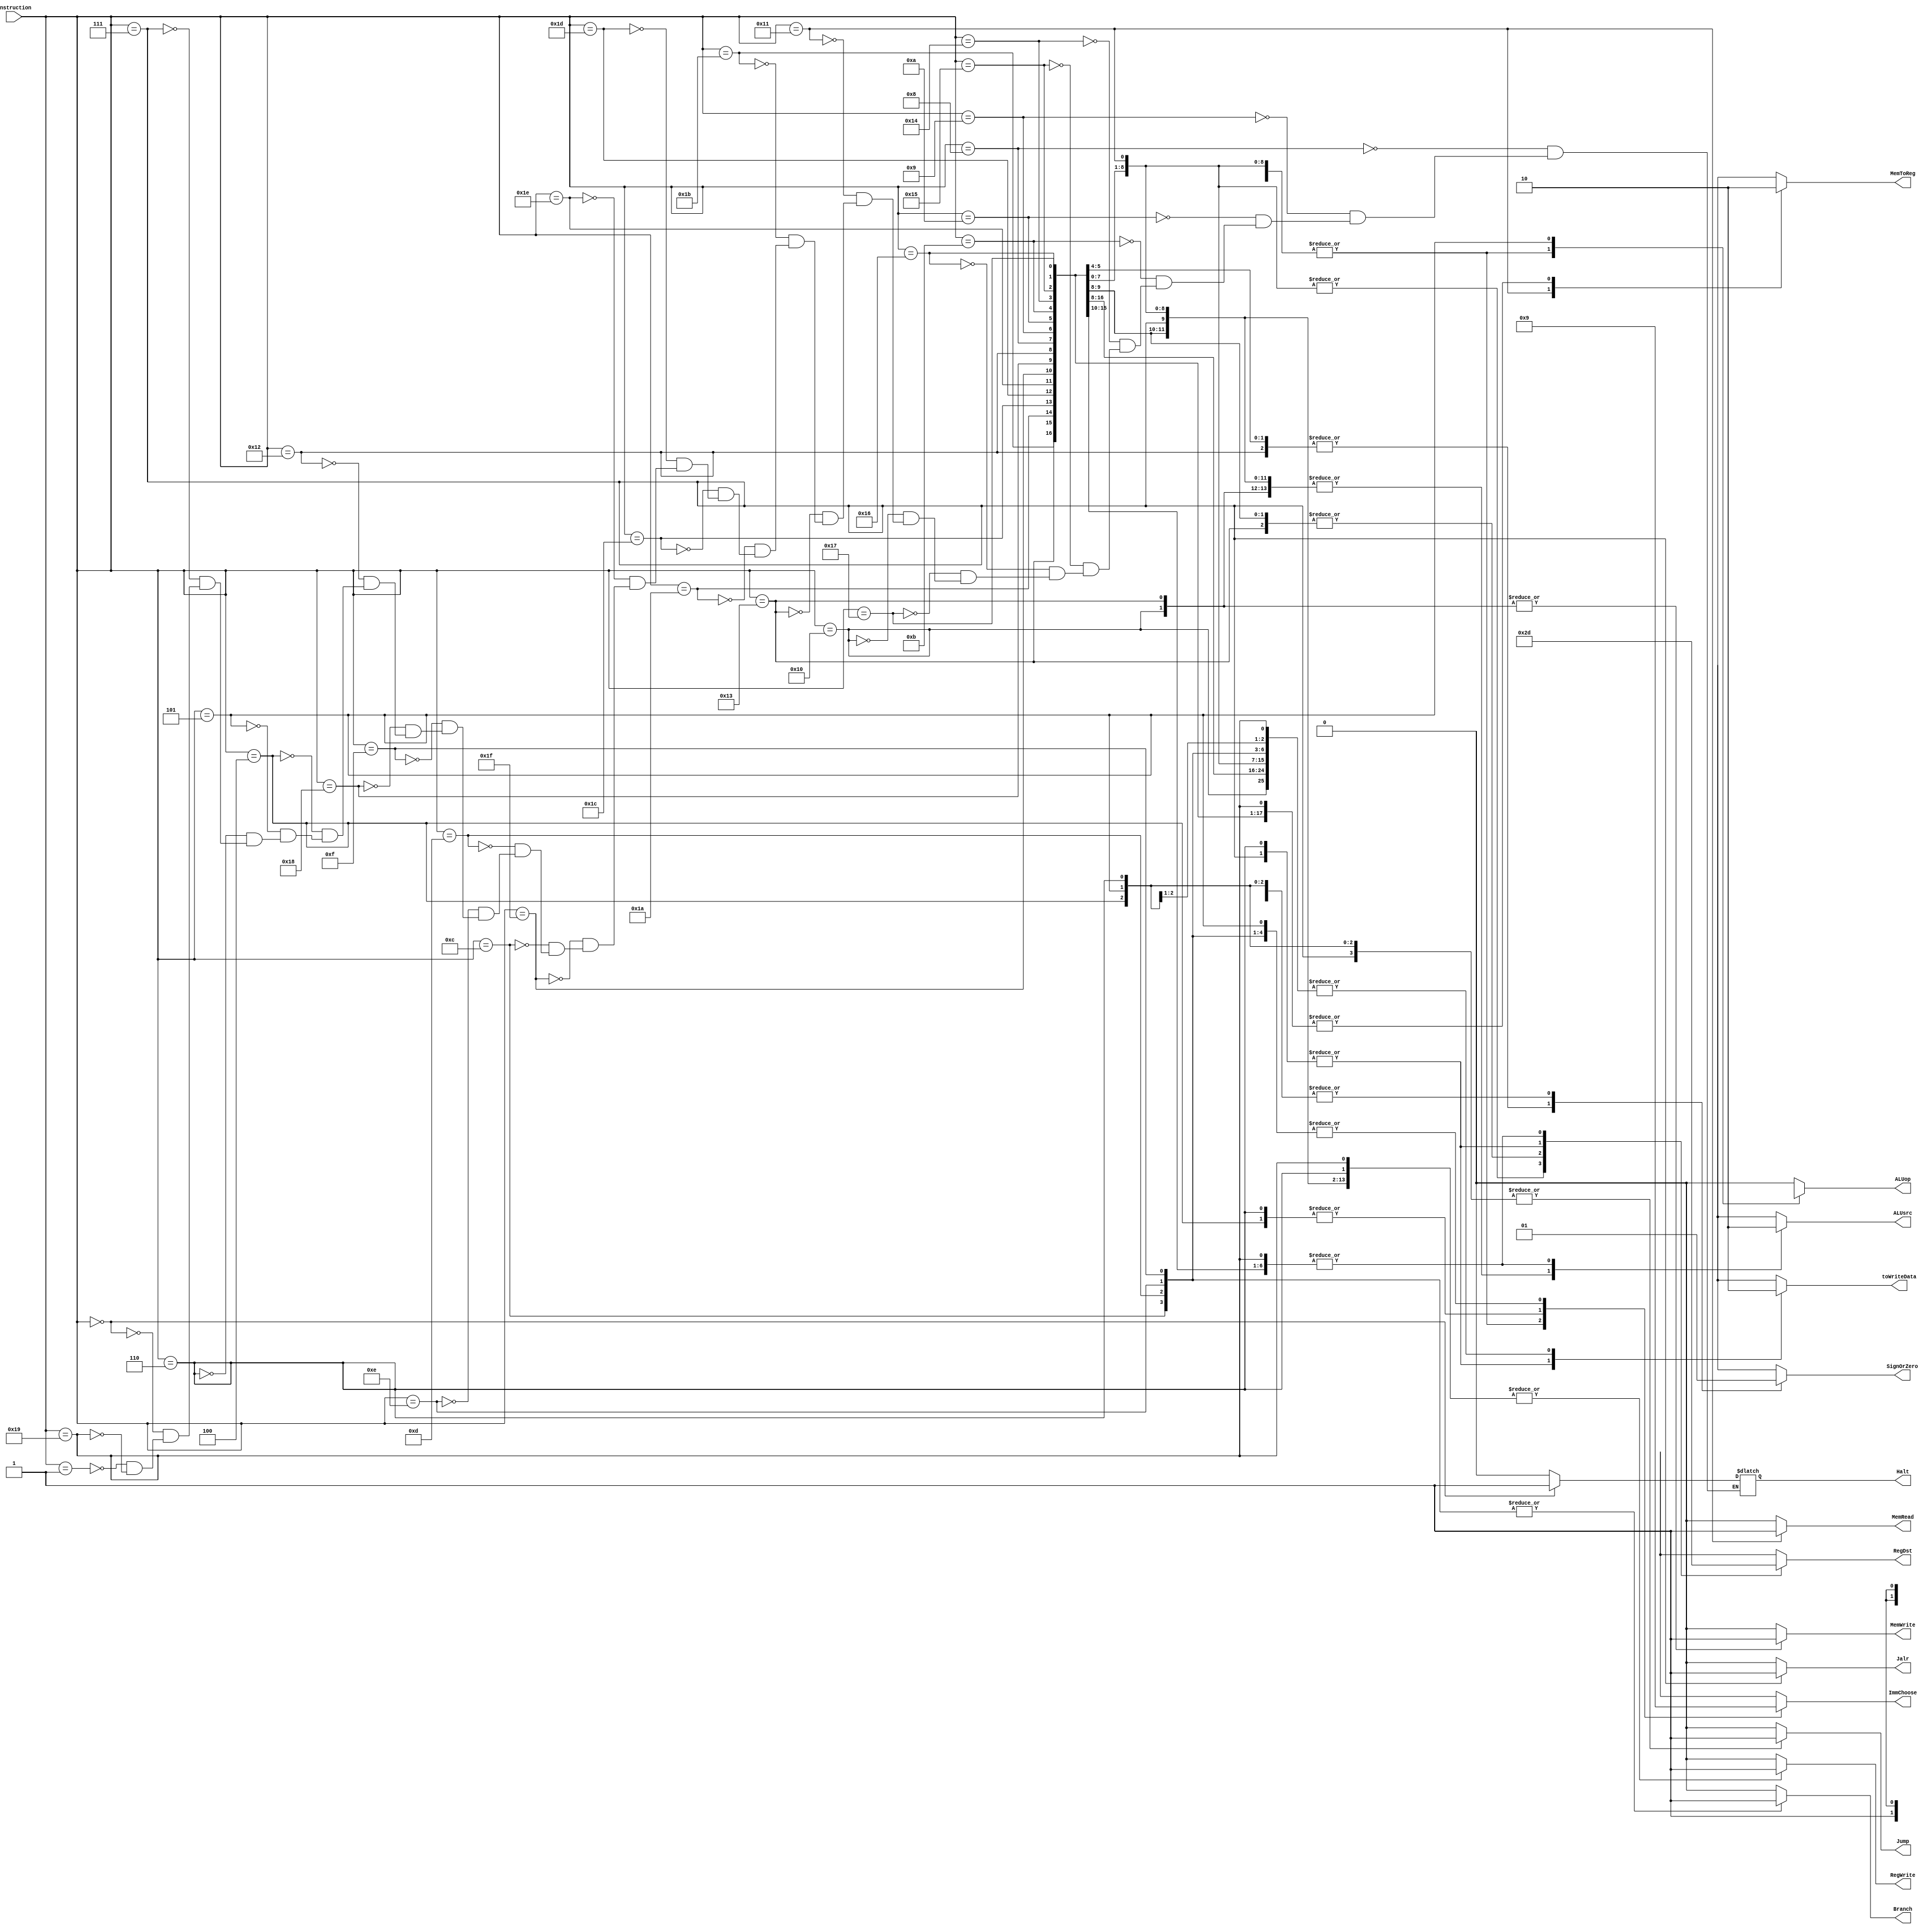
module alu_control(Instruction,RegDst,Jump,Branch,MemRead,MemToReg,ALUop,MemWrite,ALUsrc,RegWrite,SignOrZero,ImmChoose,toWriteData,Halt,Jalr);
output reg Jump,Branch,MemRead,ALUop,MemWrite,ALUsrc,RegWrite,SignOrZero,toWriteData,MemToReg,Halt,Jalr;
output reg [1:0] RegDst, ImmChoose;
input [4:0] Instruction;

always @(*)
begin
			RegDst = 2'bxx;
			Jump = 1'b0;
			Branch = 1'b0;
			MemRead = 1'b0; 
			MemToReg = 1'bx;
			ALUop = 1'b0;
			MemWrite = 1'b0;           
			ALUsrc = 1'bx;
			RegWrite = 1'b0;
			ImmChoose = 2'bxx;
			SignOrZero = 1'bx;
			toWriteData = 1'bx;
			Jalr = 1'b0;
	case(Instruction[4:0])
		5'b01000:begin //ADDI Rd, Rs, immediate 	Rd <- Rs + I(sign ext.) 
			Halt = 1'b0;
			RegDst = 2'b00;
			Jump = 1'b0;
			Branch = 1'b0;
			MemRead = 1'b0; 
			MemToReg = 1'b0;
			ALUop = 1'b1;
			MemWrite = 1'b0;           
			ALUsrc = 1'b1;
			RegWrite = 1'b1;
			ImmChoose = 2'b00;
			SignOrZero = 1'b1;
			toWriteData = 1'b0;
			Jalr = 1'b0;
		end
		5'b01001: begin //SUBI Rd, Rs, immediate 	Rd <- I(sign ext.) - Rs 
			Halt = 1'b0;
			RegDst = 2'b00;
			Jump = 1'b0;
			Branch = 1'b0;
			MemRead = 1'b0; 
			MemToReg = 1'b0;
			ALUop = 1'b1;
			MemWrite = 1'b0;           
			ALUsrc = 1'b1;
			RegWrite = 1'b1;
			ImmChoose = 2'b00;
			SignOrZero = 1'b1;
			toWriteData = 1'b0;
			Jalr = 1'b0;
		end
		5'b01010: begin //XORI Rd, Rs, immediate 	Rd <- Rs XOR I(zero ext.) 
			Halt = 1'b0;
			RegDst = 2'b00;
			Jump = 1'b0;
			Branch = 1'b0;
			MemRead = 1'b0; 
			MemToReg = 1'b0;
			ALUop = 1'b1;
			MemWrite = 1'b0;           
			ALUsrc = 1'b1;
			RegWrite = 1'b1;
			ImmChoose = 1'b0;
			SignOrZero = 2'b00;
			toWriteData = 1'b0;
			Jalr = 1'b0;
		end
		5'b01011: begin //ANDNI Rd, Rs, immediate 	Rd <- Rs AND ~I(zero ext.) 
			Halt = 1'b0;
			RegDst = 2'b00;
			Jump = 1'b0;
			Branch = 1'b0;
			MemRead = 1'b0; 
			MemToReg = 1'b0;
			ALUop = 1'b1;
			MemWrite = 1'b0;           
			ALUsrc = 1'b1;
			RegWrite = 1'b1;
			ImmChoose = 2'b00;
			SignOrZero = 1'b0;
			toWriteData = 1'b0;
			Jalr = 1'b0;
		end
		5'b10100: begin //ROLI Rd, Rs, immediate 	Rd <- Rs <<(rotate) I(lowest 4 bits) s
			Halt = 1'b0;
			RegDst = 2'b00;
			Jump = 1'b0;
			Branch = 1'b0;
			MemRead = 1'b0; 
			MemToReg = 1'b0;
			ALUop = 1'b1;
			MemWrite = 1'b0;           
			ALUsrc = 1'b1;
			RegWrite = 1'b1;
			ImmChoose = 2'b00;
			SignOrZero = 1'bx;
			toWriteData = 1'b0;
			Jalr = 1'b0;
		end
		5'b10101: begin //SLLI Rd, Rs, immediate 	Rd <- Rs << I(lowest 4 bits) 
			Halt = 1'b0;
			RegDst = 2'b00;
			Jump = 1'b0;
			Branch = 1'b0;
			MemRead = 1'b0; 
			MemToReg = 1'b0;
			ALUop = 1'b1;
			MemWrite = 1'b0;           
			ALUsrc = 1'b1;
			RegWrite = 1'b1;
			ImmChoose = 2'b00;
			SignOrZero = 1'bx;
			toWriteData = 1'b0;
			Jalr = 1'b0;
		end
		5'b10110: begin //RORI Rd, Rs, immediate 	Rd <- Rs >>(rotate) I(lowest 4 bits) 
			Halt = 1'b0;
			RegDst = 2'b00;
			Jump = 1'b0;
			Branch = 1'b0;
			MemRead = 1'b0; 
			MemToReg = 1'b0;
			ALUop = 1'b1;
			MemWrite = 1'b0;           
			ALUsrc = 1'b1;
			RegWrite = 1'b1;
			ImmChoose = 2'b00;
			SignOrZero = 1'bx;
			toWriteData = 1'b0;
			Jalr = 1'b0;
		end
		5'b10111: begin //SRLI Rd, Rs, immediate 	Rd <- Rs >> I(lowest 4 bits) 
			Halt = 1'b0;
			RegDst = 2'b00;
			Jump = 1'b0;
			Branch = 1'b0;
			MemRead = 1'b0; 
			MemToReg = 1'b0;
			ALUop = 1'b1;
			MemWrite = 1'b0;           
			ALUsrc = 1'b1;
			RegWrite = 1'b1;
			ImmChoose = 2'b00;
			SignOrZero = 1'bx;
			toWriteData = 1'b0;
			Jalr = 1'b0;
		end
		5'b10000: begin //ST Rd, Rs, immediate 	Mem[Rs + I(sign ext.)] <- Rd 
			Halt = 1'b0;
			RegDst = 2'bxx;
			Jump = 1'b0;
			Branch = 1'b0;
			MemRead = 1'b0; 
			MemToReg = 1'bx;
			ALUop = 1'b1;
			MemWrite = 1'b1;           
			ALUsrc = 1'b1;
			RegWrite = 1'b0;
			ImmChoose = 2'b00;
			SignOrZero = 1'b1;
			toWriteData = 1'b0;
			Jalr = 1'b0;
		end
		5'b10001: begin //LD Rd, Rs, immediate 	Rd <- Mem[Rs + I(sign ext.)] 
			Halt = 1'b0;
			RegDst = 2'b00;
			Jump = 1'b0;
			Branch = 1'b0;
			MemRead = 1'b1; 
			MemToReg = 1'b1;
			ALUop = 1'b1;
			MemWrite = 1'b0;           
			ALUsrc = 1'b1;
			RegWrite = 1'b1;
			ImmChoose = 2'b00;
			SignOrZero = 1'b1;
			toWriteData = 1'b0;
			Jalr = 1'b0;
		end
		5'b10011: begin //STU Rd, Rs, immediate 	Mem[Rs + I(sign ext.)] <- Rd Rs <- Rs + I(sign ext.) 
			Halt = 1'b0;
			RegDst = 2'b10;
			Jump = 1'b0;
			Branch = 1'b0;
			MemRead = 1'b0; 
			MemToReg = 1'b0;
			ALUop = 1'b1;
			MemWrite = 1'b1;           
			ALUsrc = 1'b1;
			RegWrite = 1'b1;
			ImmChoose = 2'b00;
			SignOrZero = 1'b1;
			toWriteData = 1'b0;
			Jalr = 1'b0;
		end
		5'b11011: begin //NEED LASt 2 bits for opcode
			Halt = 1'b0;
			RegDst = 2'b01;
			Jump = 1'b0;
			Branch = 1'b0;
			MemRead = 1'b0; 
			MemToReg = 1'b0;
			ALUop = 1'b0;
			MemWrite = 1'b0;           
			ALUsrc = 1'b0;
			RegWrite = 1'b1;
			ImmChoose = 2'bxx;
			SignOrZero = 1'bx;
			toWriteData = 1'b0;
			Jalr = 1'b0;
		end
		5'b11010: begin // Need Last 2 bits for opcode
			Halt = 1'b0;
			RegDst = 2'b01;
			Jump = 1'b0;
			Branch = 1'b0;
			MemRead = 1'b0; 
			MemToReg =1'b0;
			ALUop = 1'b0;
			MemWrite = 1'b0;           
			ALUsrc = 1'b0;
			RegWrite = 1'b1;
			ImmChoose = 2'bxx;       
			SignOrZero = 1'bx;
			toWriteData = 1'b0;
			Jalr = 1'b0;
		end
		5'b11100: begin // SEQ Rd, Rs, Rt 	if (Rs == Rt) then Rd <- 1 else Rd <- 0 
			Halt = 1'b0;
			RegDst = 2'b01;
			Jump = 1'b0;
			Branch = 1'b0;
			MemRead = 1'b0; 
			MemToReg = 1'b0;
			ALUop = 1'b0;
			MemWrite = 1'b0;           
			ALUsrc = 1'b0;
			RegWrite = 1'b1;
			ImmChoose = 2'bxx;
			SignOrZero = 1'bx;
			toWriteData = 1'b0;
			Jalr = 1'b0;
		end
		5'b11101: begin //SLT Rd, Rs, Rt 	if (Rs < Rt) then Rd <- 1 else Rd <- 0 
			Halt = 1'b0;
			RegDst = 2'b01;
			Jump = 1'b0;
			Branch = 1'b0;
			MemRead = 1'b0; 
			MemToReg = 1'b0;
			ALUop = 1'b0;
			MemWrite = 1'b0;           
			ALUsrc = 1'b0;
			RegWrite = 1'b1;
			ImmChoose = 2'bxx;
			SignOrZero = 1'bx;
			toWriteData = 1'b0;
			Jalr = 1'b0;
		end
		5'b11110: begin //SLE Rd, Rs, Rt 	if (Rs <= Rt) then Rd <- 1 else Rd <- 0 
			Halt = 1'b0;
			RegDst = 2'b01;
			Jump = 1'b0;
			Branch = 1'b0;
			MemRead = 1'b0; 
			MemToReg = 1'b0;
			ALUop = 1'b0;
			MemWrite = 1'b0;           
			ALUsrc = 1'b0;
			RegWrite = 1'b1;
			ImmChoose = 2'bxx;
			SignOrZero = 1'bx;
			toWriteData = 1'b0;
			Jalr = 1'b0;
		end
		5'b11111: begin //SCO Rd, Rs, Rt 	if (Rs + Rt) generates carry out then Rd <- 1 else Rd <- 0 
			Halt = 1'b0;
			RegDst = 2'b01;
			Jump = 1'b0;
			Branch = 1'b0;
			MemRead = 1'b0; 
			MemToReg = 1'b0;
			ALUop = 1'b0;
			MemWrite = 1'b0;           
			ALUsrc = 1'b0;
			RegWrite = 1'b1;
			ImmChoose = 2'bxx;
			SignOrZero = 1'bx;
			toWriteData = 1'b0;
			Jalr = 1'b0;
		end
		5'b01100: begin //BEQZ Rs, immediate 	if (Rs == 0) then PC <- PC + 2 + I(sign ext.) 
			Halt = 1'b0;
			RegDst = 2'bxx;
			Jump = 1'b0;
			Branch = 1'b1;
			MemRead = 1'b0; 
			MemToReg = 1'bx;
			ALUop = 1'b0;
			MemWrite = 1'b0;           
			ALUsrc = 1'bx;
			RegWrite = 1'b0;
			ImmChoose = 2'b01;
			SignOrZero = 1'b1;
			toWriteData = 1'b0;
			Jalr = 1'b0;
		end
		5'b01101: begin //BNEZ Rs, immediate 	if (Rs != 0) then PC <- PC + 2 + I(sign ext.) 
			Halt = 1'b0;
			RegDst = 2'bxx;
			Jump = 1'b0;
			Branch = 1'b1;
			MemRead = 1'b0; 
			MemToReg = 1'bx;
			ALUop = 1'b0;
			MemWrite = 1'b0;           
			ALUsrc = 1'bx;
			RegWrite = 1'b0;
			ImmChoose = 2'b01;
			SignOrZero = 1'b1;
			toWriteData = 1'b0;
			Jalr = 1'b0;
		end
		5'b01110: begin //BLTZ Rs, immediate 	if (Rs < 0) then PC <- PC + 2 + I(sign ext.) 
			Halt = 1'b0;
			RegDst = 2'bxx;
			Jump = 1'b0;
			Branch = 1'b1;
			MemRead = 1'b0; 
			MemToReg = 1'bx;
			ALUop = 1'b0;
			MemWrite = 1'b0;           
			ALUsrc = 1'bx;
			RegWrite = 1'b0;
			ImmChoose = 2'b01;
			SignOrZero = 1'b1;
			toWriteData = 1'b0;
			Jalr = 1'b0;
		end
		5'b01111: begin //BGEZ Rs, immediate 	if (Rs >= 0) then PC <- PC + 2 + I(sign ext.) 
			Halt = 1'b0;
			RegDst = 2'bxx;
			Jump = 1'b0;
			Branch = 1'b1;
			MemRead = 1'b0; 
			MemToReg = 1'bx;
			ALUop = 1'b0;
			MemWrite = 1'b0;           
			ALUsrc = 1'bx;
			RegWrite = 1'b0;
			ImmChoose = 2'b01;
			SignOrZero = 1'b1;
			toWriteData = 1'b0;
			Jalr = 1'b0;
		end
		5'b11000: begin //LBI Rs, immediate 	Rs <- I(sign ext.) 
			Halt = 1'b0;
			RegDst = 2'b10;
			Jump = 1'b0;
			Branch = 1'b0;
			MemRead = 1'b0; 
			MemToReg = 1'b0;
			ALUop = 1'b0;    
			MemWrite = 1'b0;           
			ALUsrc = 1'b1;
			RegWrite = 1'b1;
			ImmChoose = 2'b01;
			SignOrZero = 1'b1;
			toWriteData = 1'b0;
			Jalr = 1'b0;
		end
		5'b10010: begin //SLBI Rs, immediate 	Rs <- (Rs << 8) | I(zero ext.) 
			Halt = 1'b0;
			RegDst = 2'b10;
			Jump = 1'b0;
			Branch = 1'b0; 
			MemRead = 1'b0; 
			MemToReg = 1'b0;
			ALUop = 1'b0;
			MemWrite = 1'b0;           
			ALUsrc = 1'b1;
			RegWrite = 1'b1;
			ImmChoose = 2'b01;
			SignOrZero = 1'b0;
			toWriteData = 1'b0;
			Jalr = 1'b0;
		end
		5'b00100: begin //J displacement 	PC <- PC + 2 + D(sign ext.) 
			Halt = 1'b0;
			RegDst = 2'bxx;
			Jump = 1'b1;
			Branch = 1'b0;
			MemRead = 1'b0; 
			MemToReg = 1'bx;
			ALUop = 1'b0;
			MemWrite = 1'b0;           
			ALUsrc = 1'bx;
			RegWrite = 1'b0;
			ImmChoose = 2'b10;
			SignOrZero = 1'b1;
			toWriteData = 1'b0;
			Jalr = 1'b0;
		end
		5'b00101: begin //JR Rs, immediate 	PC <- Rs + I(sign ext.) 
			Halt = 1'b0;
			RegDst = 2'bxx;
			Jump = 1'b1;
			Branch = 1'b0;
			MemRead = 1'b0; 
			MemToReg = 1'bx;
			ALUop = 1'bx;
			MemWrite = 1'b0;           
			ALUsrc = 1'bx;
			RegWrite = 1'b0;
			ImmChoose = 2'b01;
			SignOrZero = 1'b1;
			toWriteData = 1'b0;
			Jalr = 1'b0;
		end
		5'b00110: begin //JAL displacement 	R7 <- PC + 2, PC <- PC + 2 + D(sign ext.) 
			Halt = 1'b0;
			RegDst = 2'b11;
			Jump = 1'b1;
			Branch = 1'b0;
			MemRead = 1'b0; 
			MemToReg = 1'bx;
			ALUop = 1'b0;
			MemWrite = 1'b0;           
			ALUsrc = 1'bx;
			RegWrite = 1'b1;
			ImmChoose = 2'b10;
			SignOrZero = 1'b1;
			toWriteData = 1'b1;
			Jalr = 1'b0;
		end
		5'b00111: begin //JALR Rs, immediate 	R7 <- PC + 2,PC <- Rs + I(sign ext.) 
			Halt = 1'b0;
			RegDst = 2'b11;
			Jump = 1'b1;
			Branch = 1'b0;
			MemRead = 1'b0; 
			MemToReg = 1'bx;
			ALUop = 1'b0;
			MemWrite = 1'b0;           
			ALUsrc = 1'b1;
			RegWrite = 1'b1;
			ImmChoose = 2'b01;
			SignOrZero = 1'b1;
			toWriteData = 1'b1;
			Jalr = 1'b1;
		end
		5'b00000: begin //HALT Cease instruction issue, dump memory state to file 
			Halt = 1'b1;
			RegDst = 2'bxx;
			Jump = 1'b0;
			Branch = 1'b0;
			MemRead = 1'b0; 
			MemToReg = 1'bx;
			ALUop = 1'b0;
			MemWrite = 1'b0;           
			ALUsrc = 1'bx;
			RegWrite = 1'b0;
			ImmChoose = 2'bxx;
			SignOrZero = 1'bx;
			toWriteData = 1'bx;
			Jalr = 1'b0;
		end
		5'b00001: begin //NOP 	None 
			Halt = 1'b0;
			RegDst = 2'bxx;
			Jump = 1'b0;
			Branch = 1'b0;
			MemRead = 1'b0; 
			MemToReg = 1'bx;
			ALUop = 1'b0;
			MemWrite = 1'b0;           
			ALUsrc = 1'bx;
			RegWrite = 1'b0;
			ImmChoose = 2'bxx;
			SignOrZero = 1'bx;
			toWriteData = 1'bx;
			Jalr = 1'b0;
		end
		5'b11001: begin // BTR Rd, Rs 	Rd[bit i] <- Rs[bit 15-i] for i=0..15 
			Halt = 1'b0;
			RegDst = 2'b01;
			Jump = 1'b0;
			Branch = 1'b0;
			MemRead = 1'b0; 
			MemToReg = 1'b0;
			ALUop = 1'b0;
			MemWrite = 1'b0;           
			ALUsrc = 1'b0;
			RegWrite = 1'b1;
			ImmChoose = 2'bxx;
			SignOrZero = 1'bx;
			toWriteData = 1'b0;
			Jalr = 1'b0;
		end










	endcase
end










endmodule